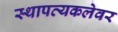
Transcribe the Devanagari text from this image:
स्थापत्यकलेवर